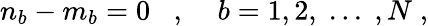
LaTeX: n_{b}-m_{b}=0\; \; \; ,\; \; \; \; b=1,2,\; ...\; ,N\; ,